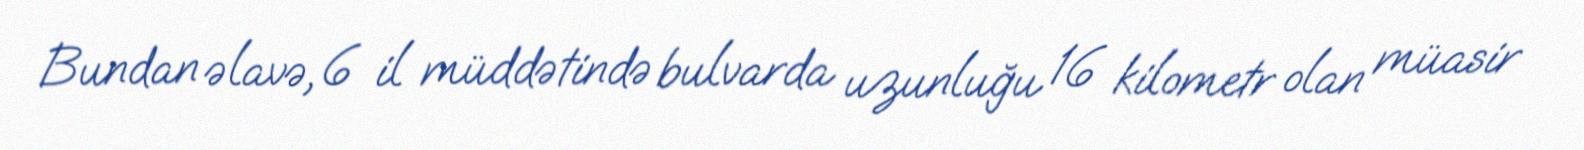
Bundan əlavə, 6 il müddətində bulvarda uzunluğu 16 kilometr olan müasir